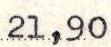
21,90